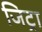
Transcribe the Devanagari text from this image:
जिट्रा